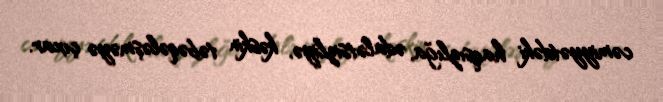
cəmiyyətdəki haqsızlığa, ədalətsizliyə, kəskin təbəqələşməyə çıxar.